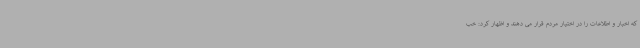
که اخبار و اطلاعات را در اختیار مردم قرار می دهند و اظهار کرد: خب